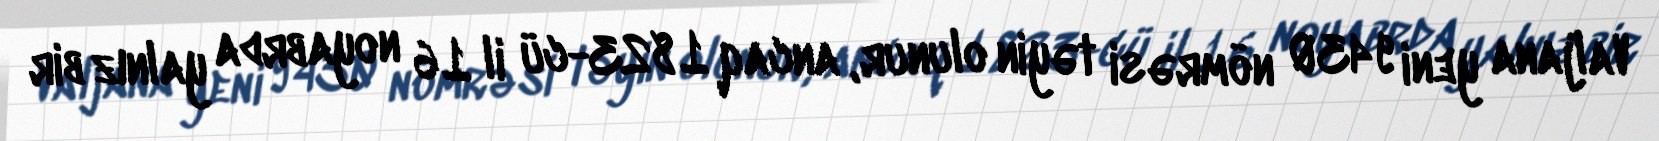
Valjana yeni 9430 nömrəsi təyin olunur, ancaq 1823-cü il 16 noyabrda yalnız bir